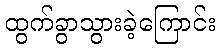
ထွက်ခွာသွားခဲ့ကြောင်း